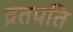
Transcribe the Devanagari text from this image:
व्रतपति